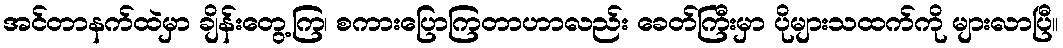
အင်တာနက်ထဲမှာ ချိန်းတွေ့ကြ၊ စကားပြောကြတာဟာလည်း ခေတ်ကြီးမှာ ပိုများသထက်ကို များလာပြီ။